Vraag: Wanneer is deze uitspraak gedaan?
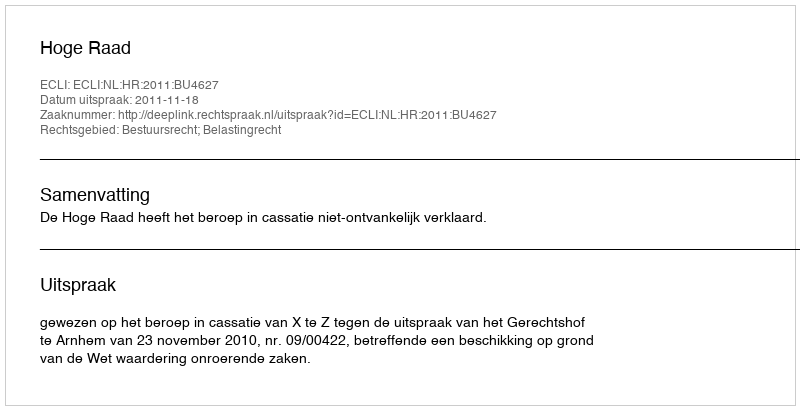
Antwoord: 2011-11-18